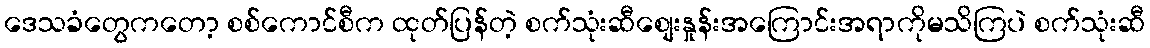
ဒေသခံတွေကတော့ စစ်ကောင်စီက ထုတ်ပြန်တဲ့ စက်သုံးဆီစျေးနှုန်းအကြောင်းအရာကိုမသိကြပဲ စက်သုံးဆီ